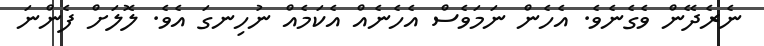
ނެރެދޭން ވެގެނެވެ. އެހެން ނަމަވެސް އެހެނެއް އެކަމެއް ނުހިނގަ އެވެ. ލޮލަށް ފެންނަ